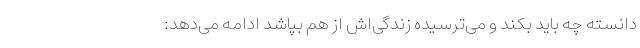
دانسته چه باید بکند و می‌ترسیده زندگی‌اش از هم بپاشد ادامه می‌دهد: